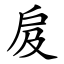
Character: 㧀